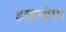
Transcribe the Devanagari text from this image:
हाइग्रोमा